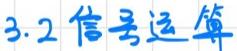
3.2 信号运算